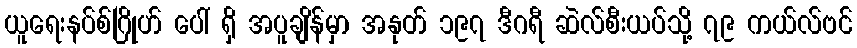
ယူရေးနပ်စ်ဂြိုဟ် ပေါ် ရှိ အပူချိန်မှာ အနုတ် ၁၉၇ ဒီဂရီ ဆဲလ်စီးယပ်သို့ ၇၉ ကယ်လ်ဗင်